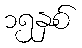
၁၅နှစ်